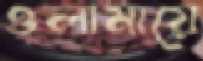
ওলামায়ে